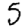
Digit: 5